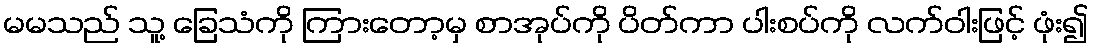
မမသည် သူ့ ခြေသံကို ကြားတော့မှ စာအုပ်ကို ပိတ်ကာ ပါးစပ်ကို လက်ဝါးဖြင့် ဖုံး၍